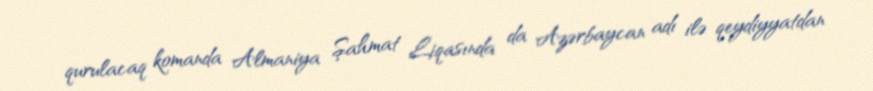
qurulacaq komanda Almaniya Şahmat Liqasında da Azərbaycan adı ilə qeydiyyatdan